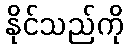
နိုင်သည်ကို